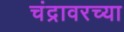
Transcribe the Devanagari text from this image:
चंद्रावरच्या